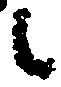
々